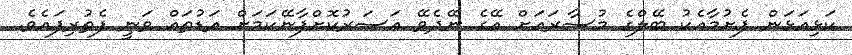
ކަޅިއަޅަން ފެށުމާއެކު ބޭލްގެ މުސާރައަށް އޭގެ ނޭދެވޭ އަސަރުކޮށްފާނޭކަމަށް އަޑުތައް ވަނީ ފެތުރިފައެވެ.